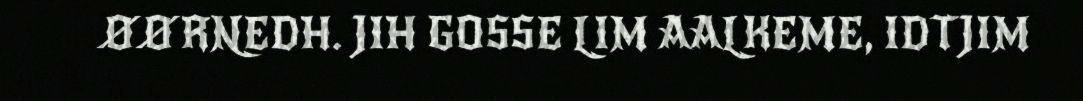
ØØRNEDH. JIH GOSSE LIM AALKEME, IDTJIM